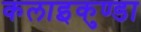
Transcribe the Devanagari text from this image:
कलाइकुण्डा